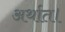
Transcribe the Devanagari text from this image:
अर्थात।